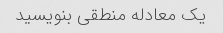
یک معادله منطقی بنویسید